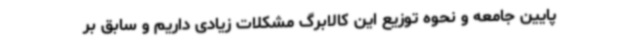
پایین جامعه و نحوه توزیع این کالابرگ مشکلات زیادی داریم و سابق بر